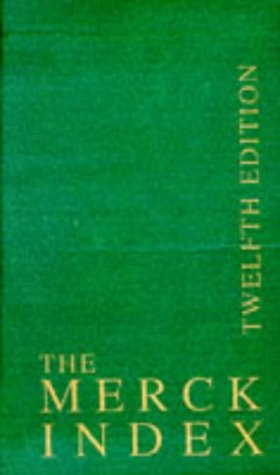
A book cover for The Merck Index,  Print Version, Twelfth Edition; S. Budavari; Medical Books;